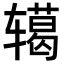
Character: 𮝺